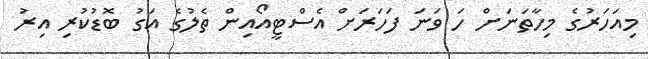
މިއަހަރުގެ މިހާތަނަށް ހަ ވަނަ ފަހަރަށް އެސްޓީއޯއިން ތެލުގެ އަގު ބޮޑުކުރި އިރު